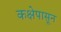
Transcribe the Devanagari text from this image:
कक्षेपासून